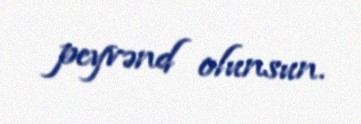
peyvənd olunsun.